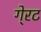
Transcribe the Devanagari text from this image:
गे्रट